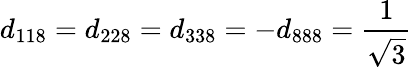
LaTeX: d_{118}=d_{228}=d_{338}=-d_{888}={\frac{1}{\sqrt{3}}}